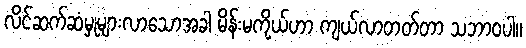
လိင်ဆက်ဆံမှုများလာသောအခါ မိန်းမကိုယ်ဟာ ကျယ်လာတတ်တာ သဘာဝပါ။